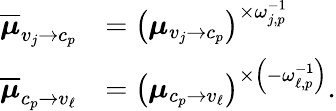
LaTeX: \begin{array}{rl}{\overline{{\boldsymbol{\mu}}}_{v_{j}\to c_{p}}}&{=\left(\boldsymbol{\mu}_{v_{j}\to c_{p}}\right)^{\times\omega_{j,p}^{-1}}}\\ {\overline{{\boldsymbol{\mu}}}_{c_{p}\to v_{\ell}}}&{=\left(\boldsymbol{\mu}_{c_{p}\to v_{\ell}}\right)^{\times\left(-\omega_{\ell,p}^{-1}\right)}.}\end{array}